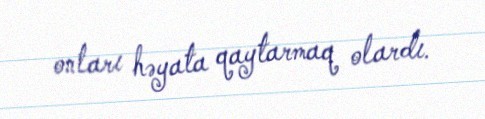
onları həyata qaytarmaq olardı.